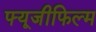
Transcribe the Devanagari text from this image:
फ्यूजीफिल्म